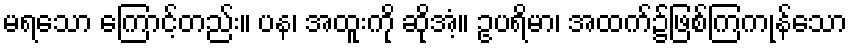
မရသော ကြောင့်တည်း။ ပန၊ အထူးကို ဆိုအံ့။ ဥပရိမာ၊ အထက်၌ဖြစ်ကြကုန်သော